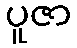
ပူဇာ